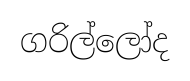
ගරිල්ලෝද